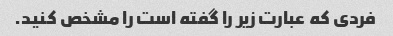
فردی که عبارت زیر را گفته است را مشخص کنید.